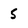
Character: 5